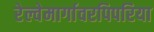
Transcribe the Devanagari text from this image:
रेल्वेमार्गावरपिपरिया